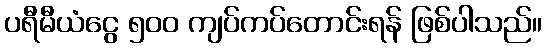
ပရီမီယံငွေ ၅၀၀ ကျပ်ကပ်တောင်းရန် ဖြစ်ပါသည်။